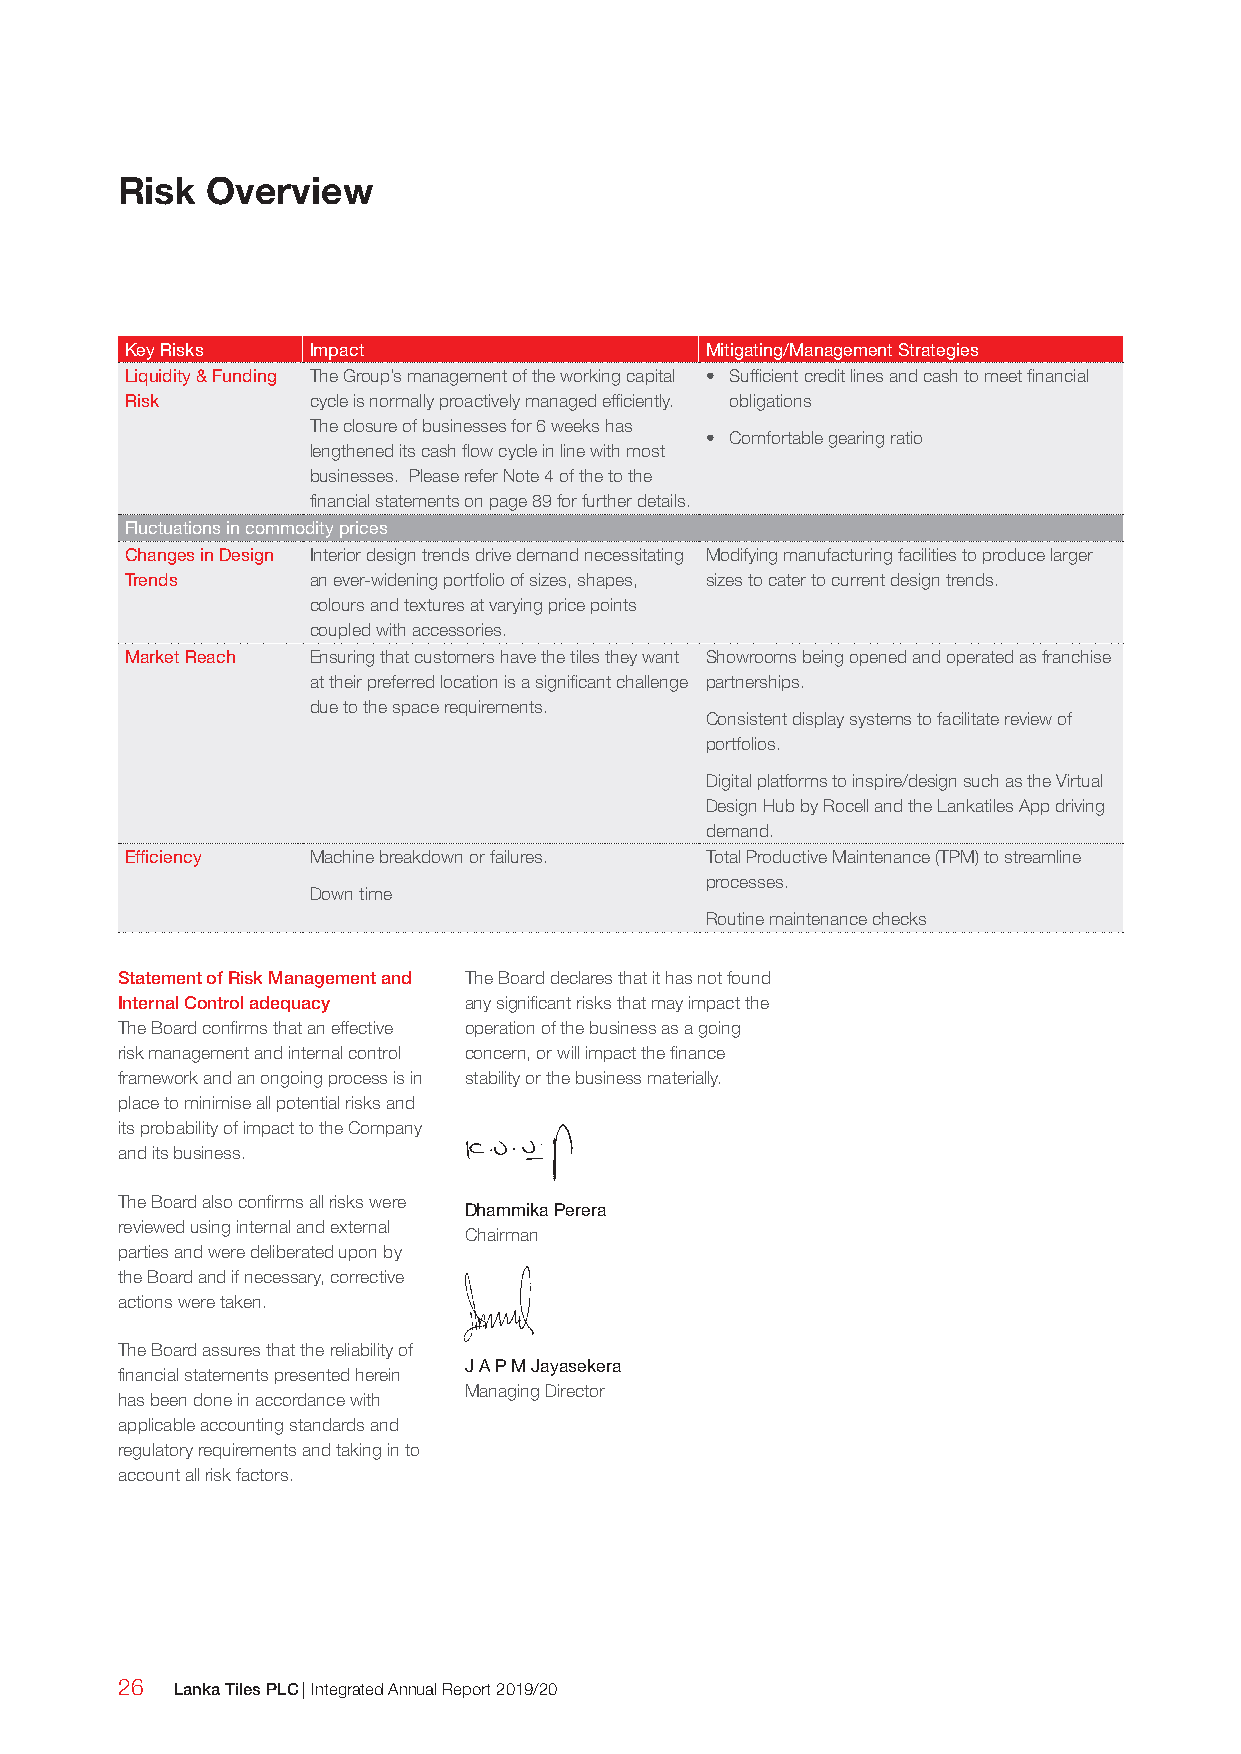
Risk  Overview
 Key Risks   Impact                     Mitigating/Management Strategies
 Liquidity & Funding The Group’s management of the working capital • Sufficient credit lines and cash to meet financial
 Risk        cycle is normally proactively managed efficiently. obligations
 The closure of businesses for 6 weeks has
 • Comfortable gearing ratio
 lengthened its cash flow cycle in line with most
 businesses. Please refer Note 4 of the to the
 financial statements on page 89 for further details.
 Fluctuations in commodity prices
 Changes in Design Interior design trends drive demand necessitating Modifying manufacturing facilities to produce larger
 Trends      an ever-widening portfolio of sizes, shapes, sizes to cater to current design trends.
 colours and textures at varying price points
 coupled with accessories.
 Market Reach Ensuring that customers have the tiles they want Showrooms being opened and operated as franchise
 at their preferred location is a significant challenge partnerships.
 due to the space requirements.
 Consistent display systems to facilitate review of
 portfolios.
 Digital platforms to inspire/design such as the Virtual
 Design Hub by Rocell and the Lankatiles App driving
 demand.
 Efficiency  Machine breakdown or failures. Total Productive Maintenance (TPM) to streamline
 processes.
 Down time
 Routine maintenance checks
 Statement of Risk Management and The Board declares that it has not found
 Internal Control adequacy any significant risks that may impact the
 The Board confirms that an effective operation of the business as a going
 risk management and internal control concern, or will impact the finance
 framework and an ongoing process is in stability or the business materially.
 place to minimise all potential risks and
 its probability of impact to the Company
 and its business.
 The Board also confirms all risks were
 Dhammika Perera
 reviewed using internal and external
 Chairman
 parties and were deliberated upon by
 the Board and if necessary, corrective
 actions were taken.
 The Board assures that the reliability of
 J A P M Jayasekera
 financial statements presented herein
 Managing Director
 has been done in accordance with
 applicable accounting standards and
 regulatory requirements and taking in to
 account all risk factors.
 26  Lanka Tiles PLC | Integrated Annual Report 2019/20